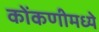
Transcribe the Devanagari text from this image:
कोंकणीमध्ये